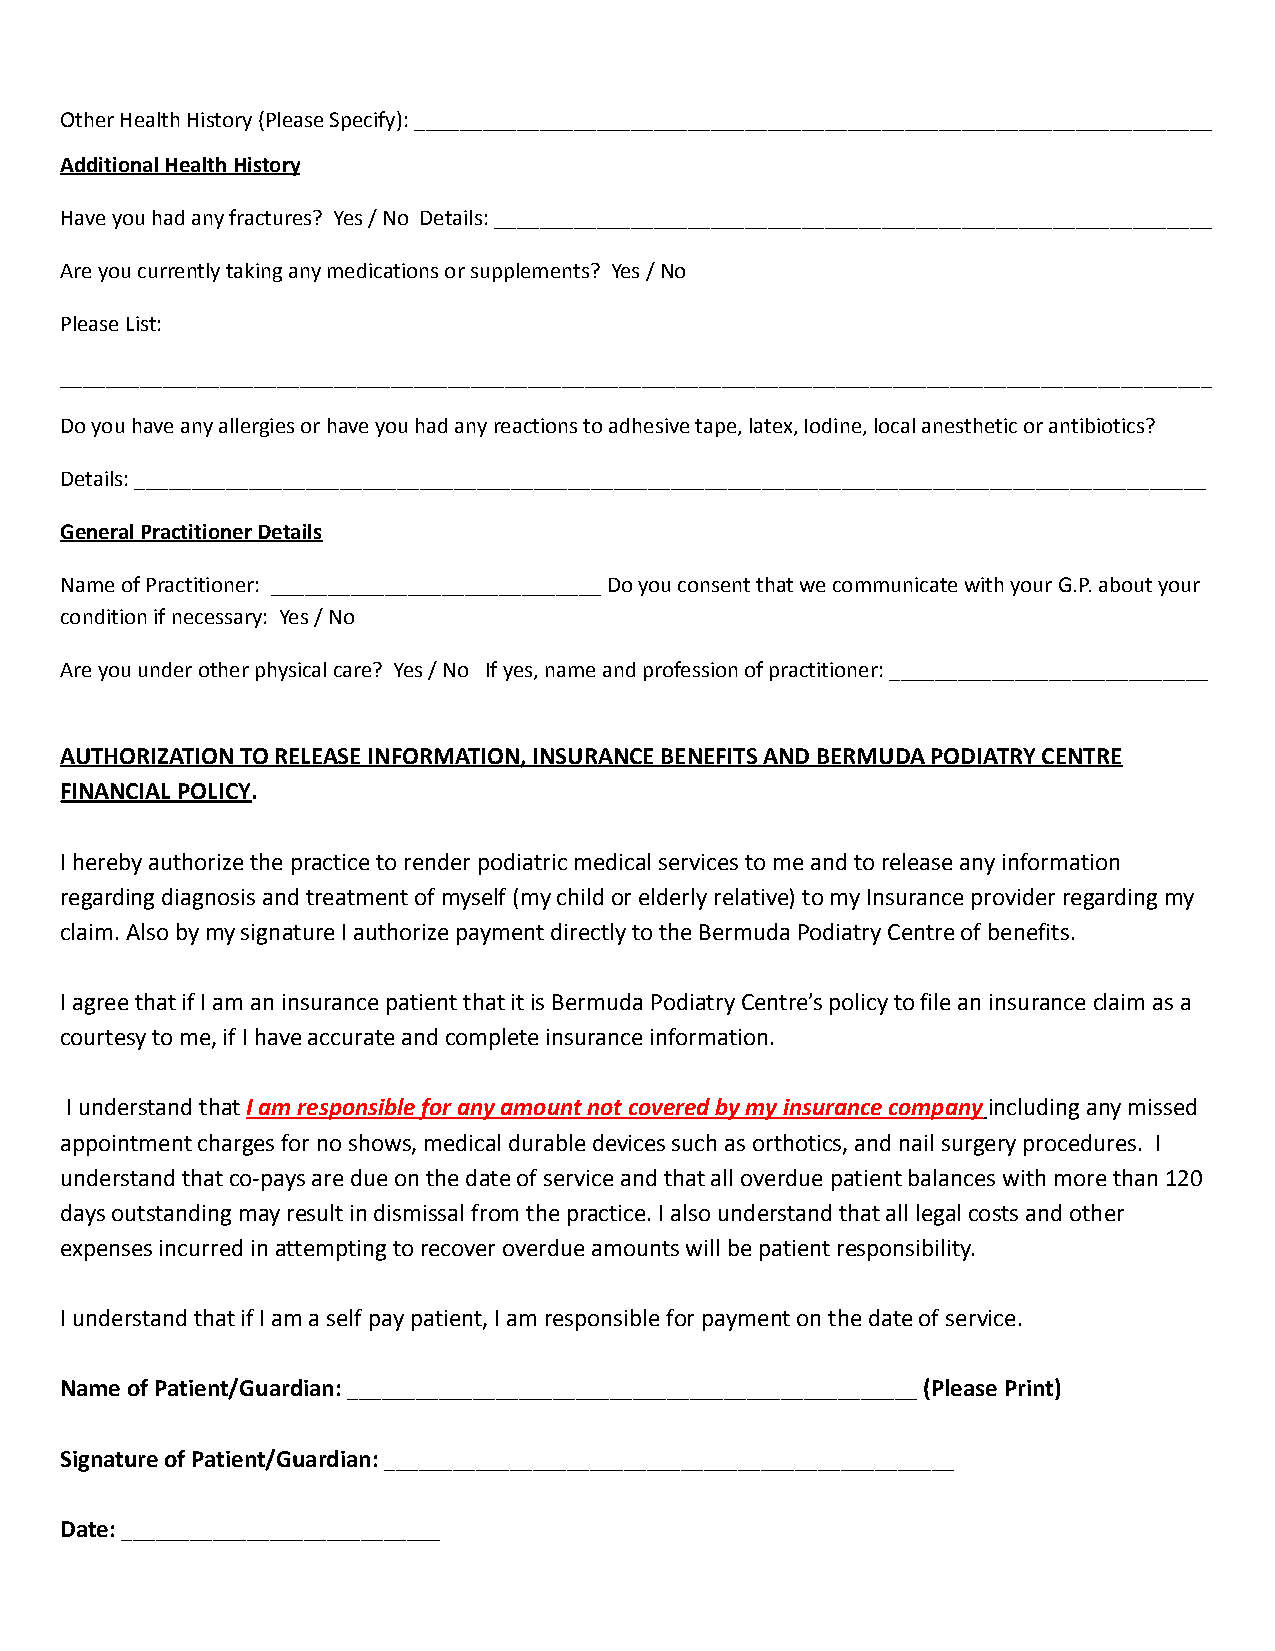
Other Health History (Please Specify): ______________________________________________________________________
 Additional Health History
 Have you had any fractures? Yes / No Details: _______________________________________________________________
 Are you currently taking any medications or supplements? Yes / No
 Please List:
 _____________________________________________________________________________________________________
 Do you have any allergies or have you had any reactionsto adhesive tape, latex, Iodine, local anestheticor antibiotics?
 Details: ______________________________________________________________________________________________
 General Practitioner Details
 Name of Practitioner: _____________________________Do you consent that we communicate with your G.P.about your
 condition if necessary: Yes / No
 Are you under other physical care? Yes / No Ifyes, name and profession of practitioner: ____________________________
 AUTHORIZATION TO RELEASE INFORMATION, INSURANCE BENEFITSAND BERMUDA PODIATRY CENTRE
 FINANCIAL POLICY.
 I hereby authorize the practice to render podiatricmedical services to me and to release any information
 regarding diagnosis and treatment of myself (my childor elderly relative) to my Insurance provider regardingmy
 claim. Also by my signature I authorize payment directlyto the Bermuda Podiatry Centre of benefits.
 I agree that if I am an insurance patient that itis Bermuda Podiatry Centre’s policy to file an insuranceclaim as a
 courtesy to me, if I have accurate and complete insuranceinformation.
 I understand thatI am responsible for any amountnot covered by my insurance companyincluding anymissed
 appointment charges for no shows, medical durabledevices such as orthotics, and nail surgery procedures. I
 understand that co-pays are due on the date of serviceand that all overdue patient balances with more than120
 days outstanding may result in dismissal from thepractice. I also understand that all legal costs andother
 expenses incurred in attempting to recover overdueamounts will be patient responsibility.
 I understand that if I am a self pay patient, I amresponsible for payment on the date of service.
 Name of Patient/Guardian:__________________________________________________(Please Print)
 Signature of Patient/Guardian:__________________________________________________
 Date:____________________________